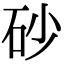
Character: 砂